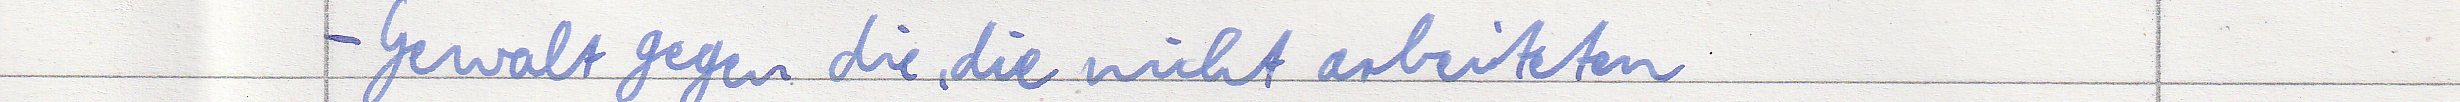
- Gewalt gegen die, die nicht arbeiteten